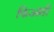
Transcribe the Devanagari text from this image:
फिअंसी